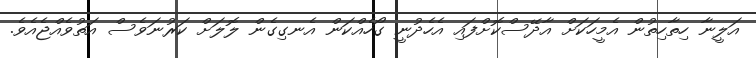
އަލީނާ ހިތާހިތުން އެމީހަކަށް އާދޭސްކޮށްފައި އެހެދުނީ ގޯހެއްކަން އެނގިގެން ލޮލަށް ކަރުނަވެސް އަތުވެއްޖެއެވެ.